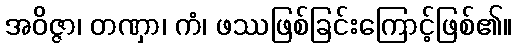
အဝိဇ္ဇာ၊ တဏှာ၊ ကံ၊ ဖဿဖြစ်ခြင်းကြောင့်ဖြစ်၏။